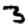
Digit: 3